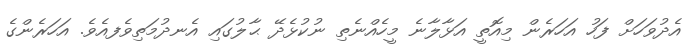
އެދުވަހަށް ފަހު އަހަރެން މިއޮތީ އަޅާލާނެ މީހެއްނެތި ނުކުޅެދޭ ޙާލުގައި އެނދުމަތިވެފއެވެ. އަހަރެންގެ